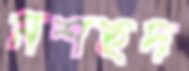
মশহুদ